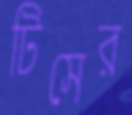
টিসের